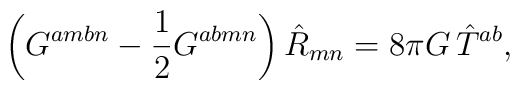
\left(G^{ambn} - \frac{1}{2} G^{abmn}\right) \hat R_{mn} = 8 \pi G\, \hat T^{ab},